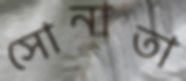
সোনাতা